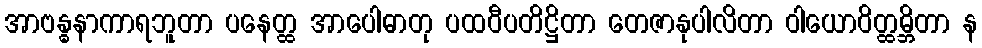
အာဗန္ဓနာကာရဘူတာ ပနေတ္ထ အာပေါဓာတု ပထဝီပတိဋ္ဌိတာ တေဇာနုပါလိတာ ဝါယောဝိတ္ထမ္ဘိတာ န